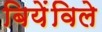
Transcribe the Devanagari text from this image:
बियेंविले